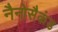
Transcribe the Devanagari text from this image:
नैनोसैकंड